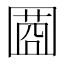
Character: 𡈌